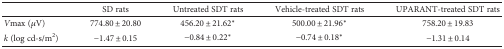
<table><thead><tr><td></td><td><b>SD rats</b></td><td><b>Untreated SDT rats</b></td><td><b>Vehicle-treated SDT rats</b></td><td><b>UPARANT-treated SDT rats</b></td></tr></thead><tbody><tr><td><i>V</i>max (<i>μ</i>V)</td><td>774.80 ± 20.80</td><td>456.20 ± 21.62<sup>∗</sup></td><td>500.00 ± 21.96<sup>∗</sup></td><td>758.20 ± 19.83</td></tr><tr><td><i>k</i> (log cd-s/m<sup>2</sup>)</td><td>−1.47 ± 0.15</td><td>−0.84 ± 0.22<sup>∗</sup></td><td>−0.74 ± 0.18<sup>∗</sup></td><td>−1.31 ± 0.14</td></tr></tbody></table>